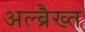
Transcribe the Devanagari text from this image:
अल्ब्रैख्त